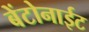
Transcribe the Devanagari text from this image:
बेंटोनाईट